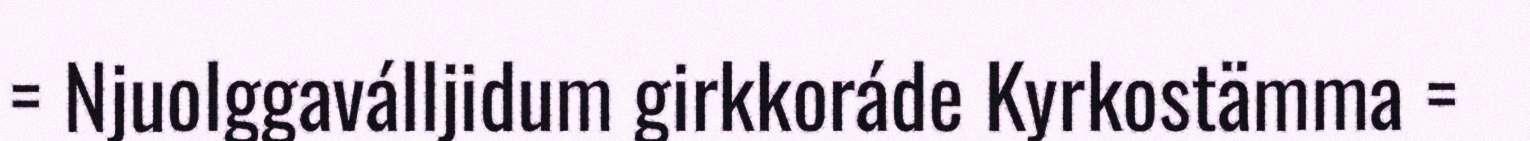
= Njuolggaválljidum girkkoráde Kyrkostämma =